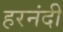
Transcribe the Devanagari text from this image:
हरनंदी